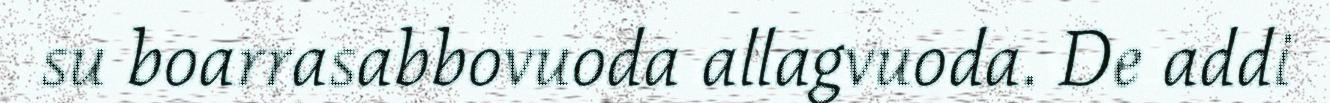
su boarrasabbovuoda allagvuoda. De addi